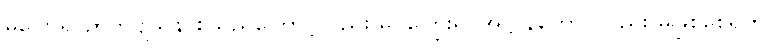
မပြောရ၊ ဉာတိဗျသန စသည်ကြောင့်လည်း မငိုကြွေးရ၊ အဋ္ဌာနကောပလည်း မဖြစ်စေရဟု